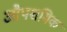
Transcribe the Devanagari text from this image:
औपशमिक